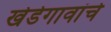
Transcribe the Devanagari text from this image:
खेडेगावांचे